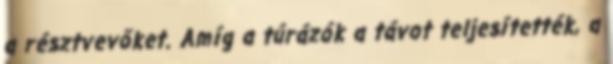
a résztvevőket. Amíg a túrázók a távot teljesítették, a